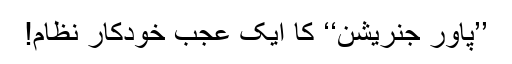
’’پاور جنریشن‘‘ کا ایک عجب خودکار نظام!